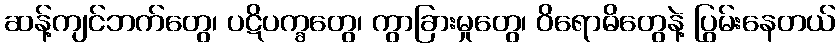
ဆန့်ကျင်ဘက်တွေ၊ ပဋိပက္ခတွေ၊ ကွာခြားမှုတွေ၊ ဝိရောဓိတွေနဲ့ ပြွမ်းနေတယ်